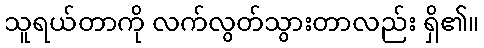
သူရယ်တာကို လက်လွတ်သွားတာလည်း ရှိ၏။